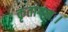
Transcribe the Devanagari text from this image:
कृतागमः।